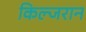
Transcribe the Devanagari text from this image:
किल्जरान